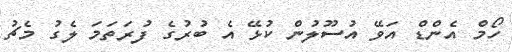
ހޯމް އެންޑް އަވޭ އުސޫލުން ކުޅޭ އެ ބުރުގެ ފުރަތަމަ ލެގު މެޗު